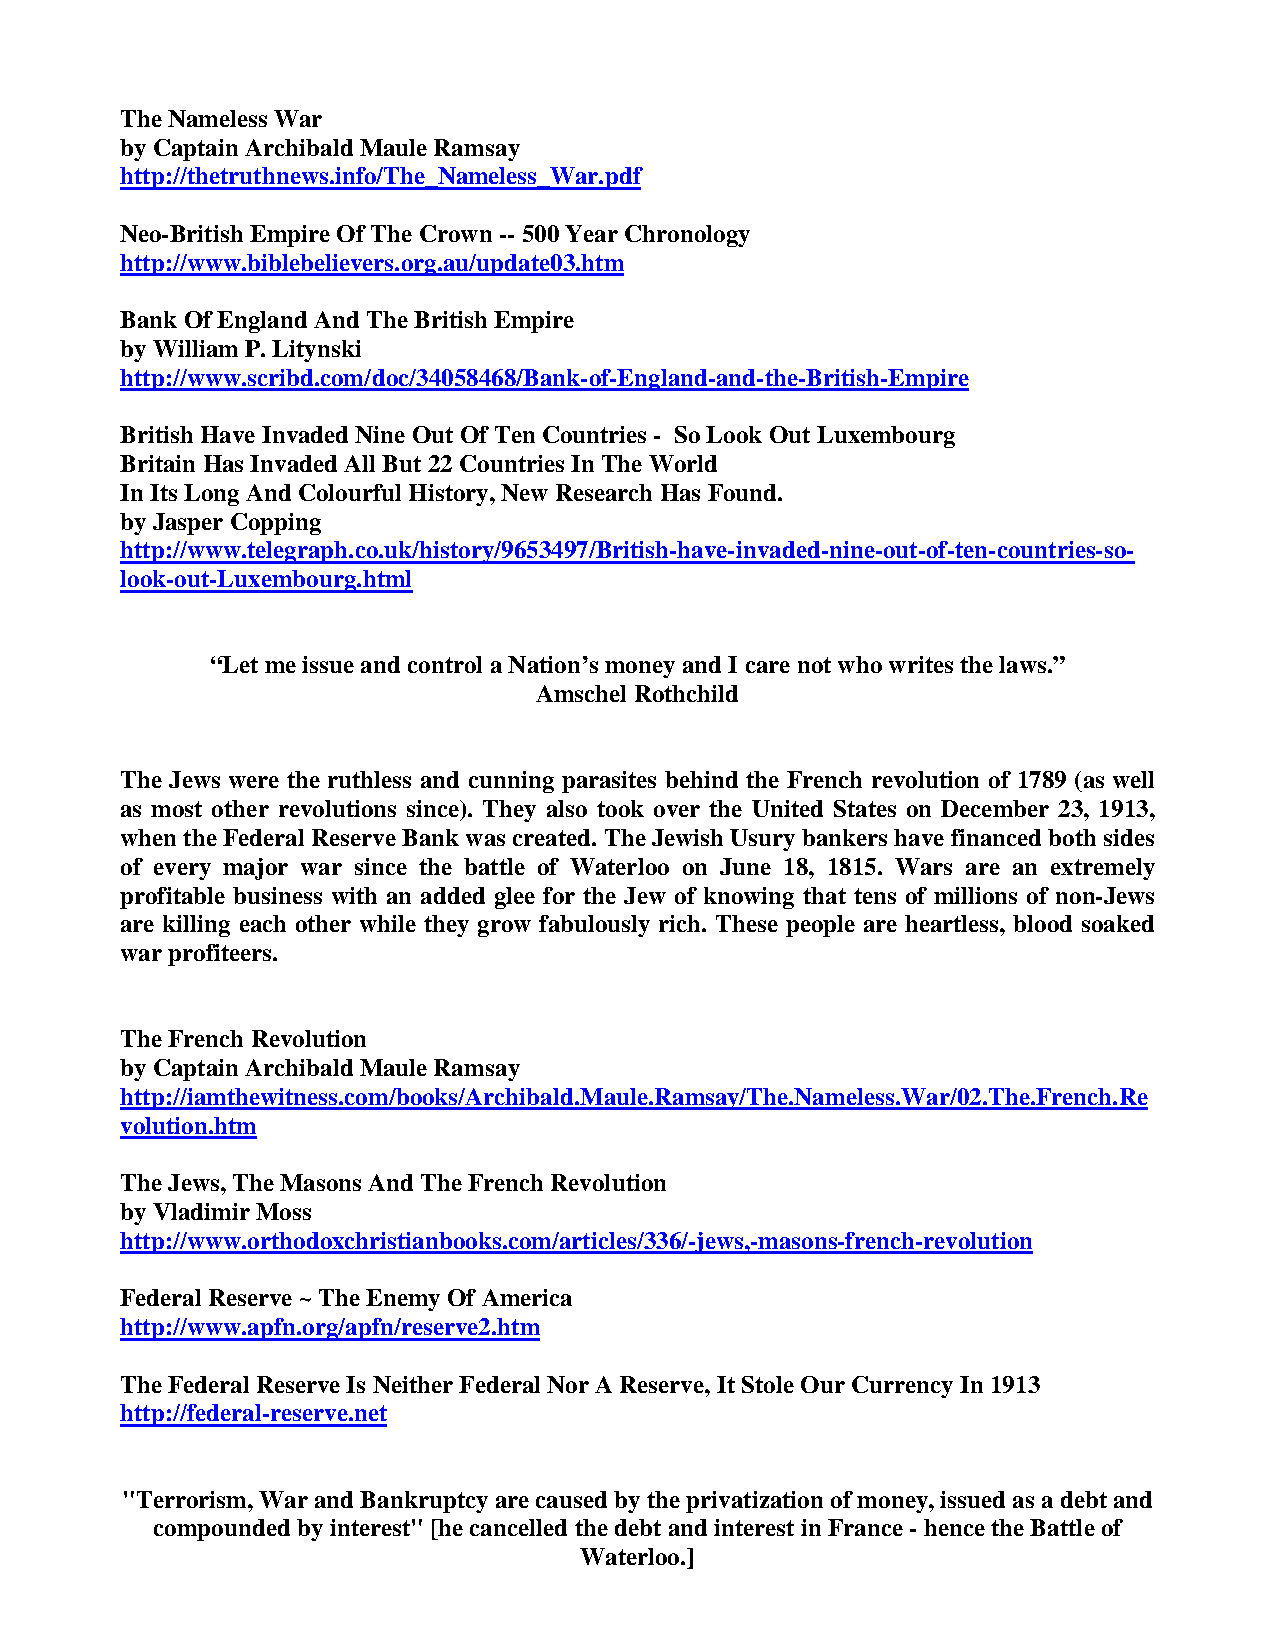
The Nameless War
 by Captain Archibald Maule Ramsay
 http://thetruthnews.info/The_Nameless_War.pdf
 Neo-British Empire Of The Crown -- 500 Year Chronology
 http://www.biblebelievers.org.au/update03.htm
 Bank Of England And The British Empire
 by William P. Litynski
 http://www.scribd.com/doc/34058468/Bank-of-England-and-the-British-Empire
 British Have Invaded Nine Out Of Ten Countries - So Look Out Luxembourg
 Britain Has Invaded All But 22 Countries In The World
 In Its Long And Colourful History, New Research Has Found.
 by Jasper Copping
 http://www.telegraph.co.uk/history/9653497/British-have-invaded-nine-out-of-ten-countries-so-
 look-out-Luxembourg.html
 “Let me issue and control a Nation’s money and I care not who writes the laws.”
 Amschel Rothchild
 The Jews were the ruthless and cunning parasites behind the French revolution of 1789 (as well
 as most other revolutions since). They also took over the United States on December 23, 1913,
 when the Federal Reserve Bank was created. The Jewish Usury bankers have financed both sides
 of every major war since the battle of Waterloo on June 18, 1815. Wars are an extremely
 profitable business with an added glee for the Jew of knowing that tens of millions of non-Jews
 are killing each other while they grow fabulously rich. These people are heartless, blood soaked
 war profiteers.
 The French Revolution
 by Captain Archibald Maule Ramsay
 http://iamthewitness.com/books/Archibald.Maule.Ramsay/The.Nameless.War/02.The.French.Re
 volution.htm
 The Jews, The Masons And The French Revolution
 by Vladimir Moss
 http://www.orthodoxchristianbooks.com/articles/336/-jews,-masons-french-revolution
 Federal Reserve ~ The Enemy Of America
 http://www.apfn.org/apfn/reserve2.htm
 The Federal Reserve Is Neither Federal Nor A Reserve, It Stole Our Currency In 1913
 http://federal-reserve.net
 "Terrorism, War and Bankruptcy are caused by the privatization of money, issued as a debt and
 compounded by interest" [he cancelled the debt and interest in France - hence the Battle of
 Waterloo.]